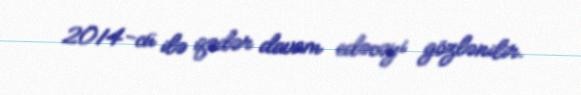
2014-cü ilə qədər davam edəcəyi gözlənilir.